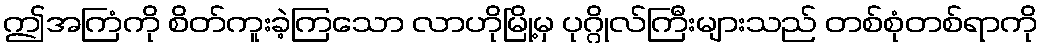
ဤအကြံကို စိတ်ကူးခဲ့ကြသော လာဟိုမြို့မှ ပုဂ္ဂိုလ်ကြီးများသည် တစ်စုံတစ်ရာကို